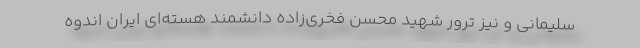
سلیمانی و نیز ترور شهید محسن فخری‌زاده دانشمند هسته‌ای ایران اندوه